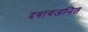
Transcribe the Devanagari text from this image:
दबावजनित